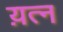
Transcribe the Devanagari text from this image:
य़त्न